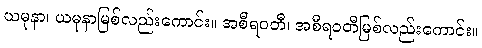
ယမုနာ၊ ယမုနာမြစ်လည်းကောင်း။ အစီရဝတီ၊ အစီရဝတီမြစ်လည်းကောင်း။